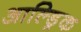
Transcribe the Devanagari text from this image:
आल्ड्रिक